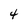
Character: 4